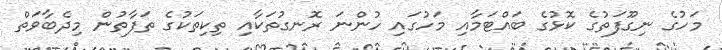
މަހުގެ ނިގޫފަތުގެ ކޮޅުގެ ބައްޓަމާއި މަހުގައި ހުންނަ ރޮނގުތަކާއި ތިކިތަކުގެ ތަފާތުން މިދެބާވަތް